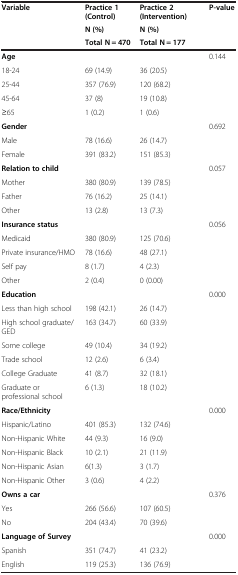
<table><thead><tr><td><b>Variable</b></td><td><b>Practice 1(Control)</b></td><td><b>Practice 2 (Intervention)</b></td><td><b>P-value</b></td></tr><tr><td><b> </b></td><td><b>N (%)</b></td><td><b>N (%)</b></td><td><b> </b></td></tr><tr><td><b> </b></td><td><b>Total N = 470</b></td><td><b>Total N = 177</b></td><td><b> </b></td></tr></thead><tbody><tr><td><b>Age</b></td><td> </td><td> </td><td>0.144</td></tr><tr><td>18-24</td><td>69 (14.9)</td><td>36 (20.5)</td><td> </td></tr><tr><td>25-44</td><td>357 (76.9)</td><td>120 (68.2)</td><td> </td></tr><tr><td>45-64</td><td>37 (8)</td><td>19 (10.8)</td><td> </td></tr><tr><td>≥65</td><td>1 (0.2)</td><td>1 (0.6)</td><td> </td></tr><tr><td><b>Gender</b></td><td> </td><td> </td><td>0.692</td></tr><tr><td>Male</td><td>78 (16.6)</td><td>26 (14.7)</td><td> </td></tr><tr><td>Female</td><td>391 (83.2)</td><td>151 (85.3)</td><td> </td></tr><tr><td><b>Relation to child</b></td><td> </td><td> </td><td>0.057</td></tr><tr><td>Mother</td><td>380 (80.9)</td><td>139 (78.5)</td><td> </td></tr><tr><td>Father</td><td>76 (16.2)</td><td>25 (14.1)</td><td> </td></tr><tr><td>Other</td><td>13 (2.8)</td><td>13 (7.3)</td><td> </td></tr><tr><td><b>Insurance status</b></td><td> </td><td> </td><td>0.056</td></tr><tr><td>Medicaid</td><td>380 (80.9)</td><td>125 (70.6)</td><td> </td></tr><tr><td>Private insurance/HMO</td><td>78 (16.6)</td><td>48 (27.1)</td><td> </td></tr><tr><td>Self pay</td><td>8 (1.7)</td><td>4 (2.3)</td><td> </td></tr><tr><td>Other</td><td>2 (0.4)</td><td>0 (0.00)</td><td> </td></tr><tr><td><b>Education</b></td><td> </td><td> </td><td>0.000</td></tr><tr><td>Less than high school</td><td>198 (42.1)</td><td>26 (14.7)</td><td> </td></tr><tr><td>High school graduate/GED</td><td>163 (34.7)</td><td>60 (33.9)</td><td> </td></tr><tr><td>Some college</td><td>49 (10.4)</td><td>34 (19.2)</td><td> </td></tr><tr><td>Trade school</td><td>12 (2.6)</td><td>6 (3.4)</td><td> </td></tr><tr><td>College Graduate</td><td>41 (8.7)</td><td>32 (18.1)</td><td> </td></tr><tr><td>Graduate or professional school</td><td>6 (1.3)</td><td>18 (10.2)</td><td> </td></tr><tr><td><b>Race/Ethnicity</b></td><td> </td><td> </td><td>0.000</td></tr><tr><td>Hispanic/Latino</td><td>401 (85.3)</td><td>132 (74.6)</td><td> </td></tr><tr><td>Non-Hispanic White</td><td>44 (9.3)</td><td>16 (9.0)</td><td> </td></tr><tr><td>Non-Hispanic Black</td><td>10 (2.1)</td><td>21 (11.9)</td><td> </td></tr><tr><td>Non-Hispanic Asian</td><td>6(1.3)</td><td>3 (1.7)</td><td> </td></tr><tr><td>Non-Hispanic Other</td><td>3 (0.6)</td><td>4 (2.2)</td><td> </td></tr><tr><td><b>Owns a car</b></td><td> </td><td> </td><td>0.376</td></tr><tr><td>Yes</td><td>266 (56.6)</td><td>107 (60.5)</td><td> </td></tr><tr><td>No</td><td>204 (43.4)</td><td>70 (39.6)</td><td> </td></tr><tr><td><b>Language of Survey</b></td><td> </td><td> </td><td>0.000</td></tr><tr><td>Spanish</td><td>351 (74.7)</td><td>41 (23.2)</td><td> </td></tr><tr><td>English</td><td>119 (25.3)</td><td>136 (76.9)</td><td> </td></tr></tbody></table>